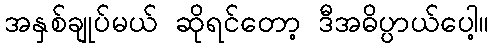
အနှစ်ချုပ်မယ် ဆိုရင်တော့ ဒီအဓိပ္ပာယ်ပေါ့။